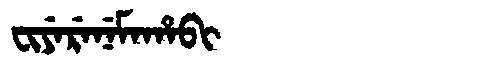
Manchu: ᠸᡳᠶᡝᡵᡝᠨᡝᠮᠠᡥᠠᠪᡳ
Romanization: FIYERENEMAHABI